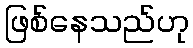
ဖြစ်နေသည်ဟု